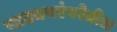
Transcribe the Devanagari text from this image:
नाट्यपरंपरेतील